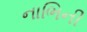
નાભિની